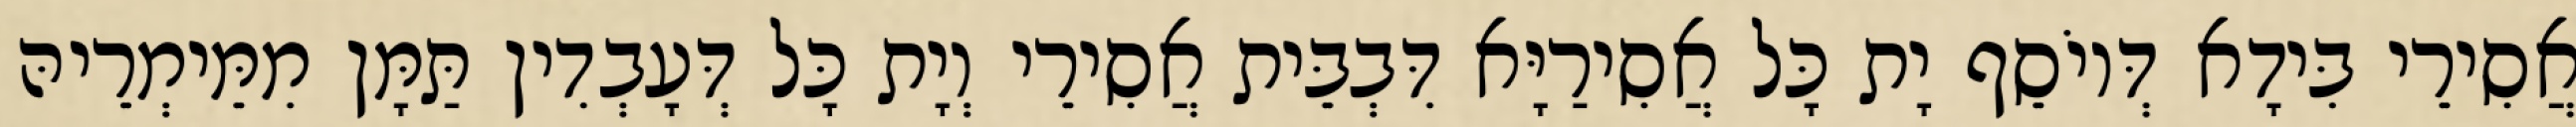
אֲסִירֵי בִּידָא דְּיוֹסֵף יָת כָּל אֲסִירַיָּא דִּבְבֵּית אֲסִירֵי וְיָת כָּל דְּעָבְדִין תַּמָּן מִמֵּימְרֵיהּ